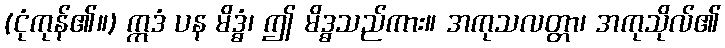
(ငုံကုန်၏။) ဣဒံ ပန မိဒ္ဓံ၊ ဤ မိဒ္ဓသည်ကား။ အကုသလတ္တာ၊ အကုသိုလ်၏